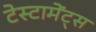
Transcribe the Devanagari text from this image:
टेस्टामेंट्स